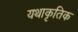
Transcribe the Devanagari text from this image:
यथाकृतिक